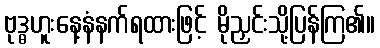
ဗုဒ္ဓဟူးနေ့နံနက်ရထားဖြင့် မိုညှင်းသို့ပြန်ကြ၏။